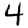
Digit: 4